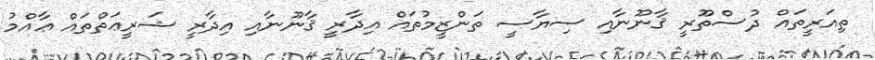
ތިއަރީތައް ދުސްތޫރީ ޤާނޫނާއި ސިޔާސީ ތަންޒީމުތައް އިދާރީ ޤާނޫނާއި އިދާރީ ޝަރީޢަތްތައް ޢާއްމު